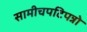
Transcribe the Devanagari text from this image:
सामीचपटिपन्नो